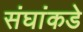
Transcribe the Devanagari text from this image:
संघांकडे